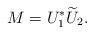
LaTeX: \begin{align*}M = U_1^*\widetilde{U}_2.\end{align*}